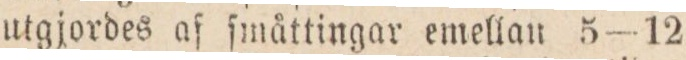
utgjordes af ſmåttingar emellan 5—12